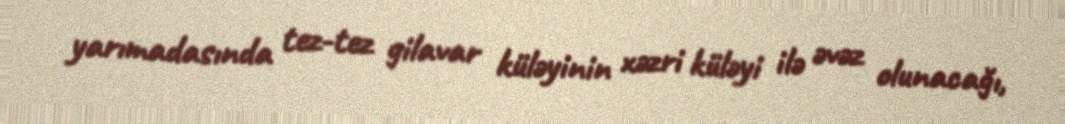
yarımadasında tez-tez gilavar küləyinin xəzri küləyi ilə əvəz olunacağı,